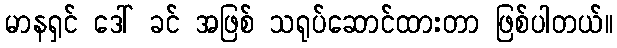
မာနရှင် ဒေါ် ခင် အဖြစ် သရုပ်ဆောင်ထားတာ ဖြစ်ပါတယ်။